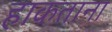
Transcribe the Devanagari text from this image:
हाकताना